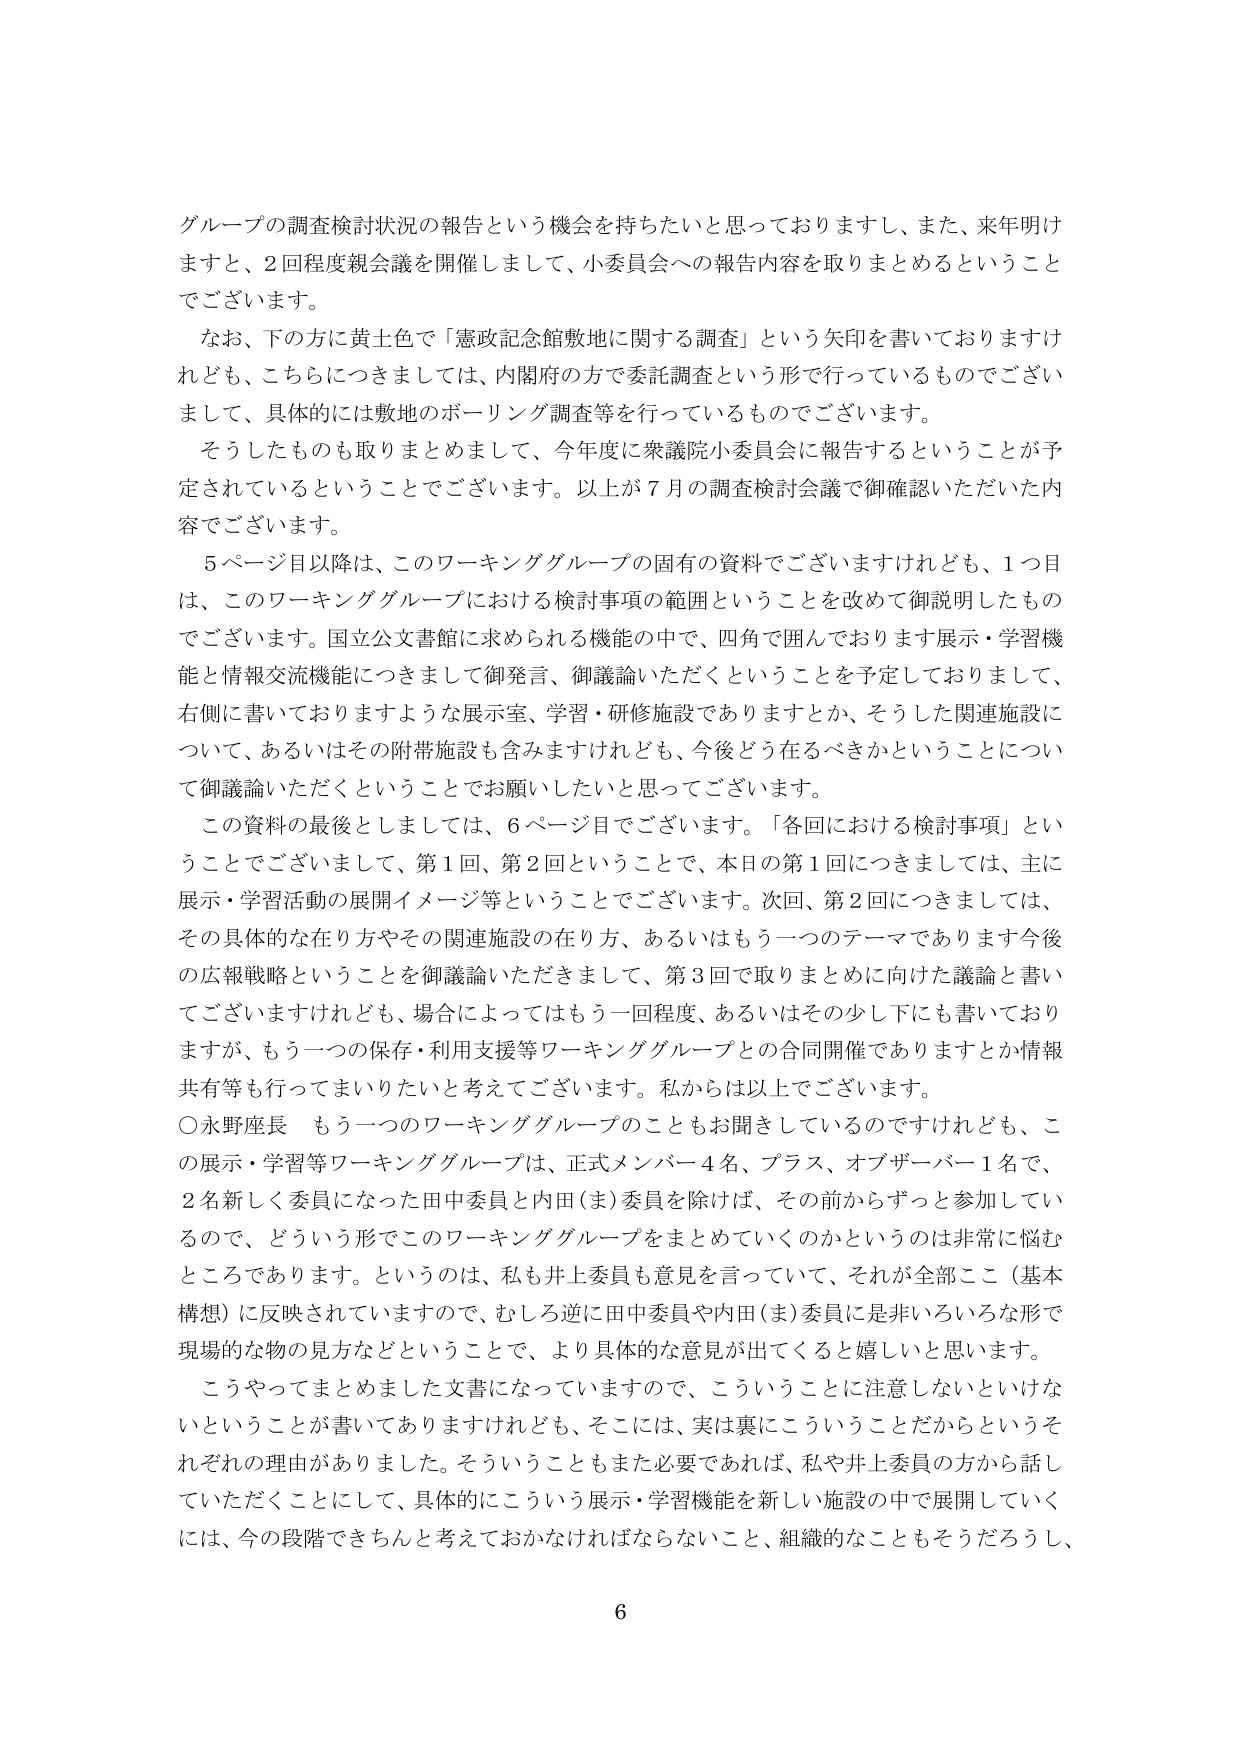
グループの調査検討状況の報告という機会を持ちたいと思っておりますし、また、来年明けますと、2回程度親会議を開催しまして、小委員会への報告内容を取りまとめるということでございます。

なお、下の方に黄土色で「憲政記念館敷地に関する調査」という矢印を書いておりますけれども、こちらにつきましては、内閣府の方で委託調査という形で行っているものでございまして、具体的には敷地のボーリング調査等を行っているものでございます。

そうしたものも取りまとめまして、今年度に衆議院小委員会に報告するということが予定されているということでございます。以上が7月の調査検討会議で御確認いただいた内容でございます。

5ページ目以降は、このワーキンググループの固有の資料でございますけれども、1つ目は、このワーキンググループにおける検討事項の範囲ということを改めて御説明したものでございます。国立公文書館に求められる機能の中で、四角で囲んでおります展示・学習機能と情報交流機能につきまして御発言、御議論いただくということを予定しておりまして、右側に書いておりますような展示室、学習・研修施設でありますとか、そうした関連施設について、あるいはその附帯施設も含みますけれども、今後どう在るべきかということについて御議論いただくということでお願いしたいと思ってございます。

この資料の最後としましては、6ページ目でございます。「各回における検討事項」ということでございまして、第1回、第2回ということで、本日の第1回につきましては、主に展示・学習活動の展開イメージ等ということでございます。次回、第2回につきましては、その具体的な在り方やその関連施設の在り方、あるいはもう一つのテーマであります今後の広報戦略ということを御議論いただきますとして、第3回で取りまとめに向けた議論と書いてございますけれども、場合によってはもう一回程度、あるいはその少し下にも書いておりますが、もう一つの保存・利用支援等ワーキンググループとの合同開催でありますとか情報共有等も行ってまいりたいと考えております。私からは以上でございます。

○永野座長 もう一つのワーキンググループのこともお聞きしているのですけれども、この展示・学習等ワーキンググループは、正式メンバー4名、プラス、オブザーバー1名で、2名新しく委員になった田中委員と内田（ま）委員を除けば、その前からずっと参加しているので、どういう形でこのワーキンググループをまとめていくのかというのは非常に悩むところであります。というのは、私も井上委員も意見を言っていて、それが全部ここ（基本構想）に反映されていますので、むしろ逆に田中委員や内田（ま）委員に是非いろいろな形で現場的な物の見方などということで、より具体的な意見が出てくると嬉しいと思います。

こうやってまとめました文書になっていますので、こういうことに注意しないといけないということが書いてありますけれども、そこには、実は裏にこういうことだからというそれぞれの理由がありました。そういうこともまた必要であれば、私や井上委員の方から話していただくことにして、具体的にこういう展示・学習機能を新しい施設の中で展開していくには、今の段階できちんと考えておかなければならないこと、組織的なこともそうだろうし、

6